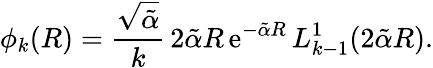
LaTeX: \phi_{k}(R)=\frac{\sqrt{\tilde{\alpha}}}{k}\, 2\tilde{\alpha}R\, \mathrm{e}^{-\tilde{\alpha}R}\, L_{k-1}^{1}(2\tilde{\alpha}R).